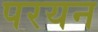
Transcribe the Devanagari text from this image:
परयन